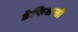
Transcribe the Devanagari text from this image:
डेफिशन्सी